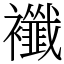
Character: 襳